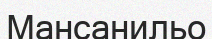
Мансанильо